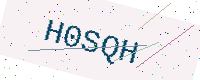
Text: H0SQH